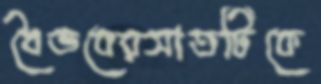
বৈভবেরসাতটিকে